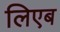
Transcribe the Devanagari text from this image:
लिएब